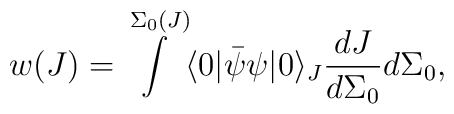
w(J)=\int \limits^{\Sigma_0(J)}\langle 0|\bar{\psi}\psi|0\rangle_{J}\frac{dJ}{d\Sigma_0}d\Sigma_0 ,